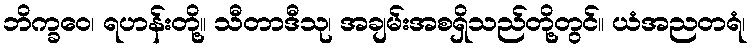
ဘိက္ခဝေ၊ ရဟန်းတို့။ သီတာဒီသု၊ အချမ်းအစရှိသည်တို့တွင်။ ယံအညတရံ၊